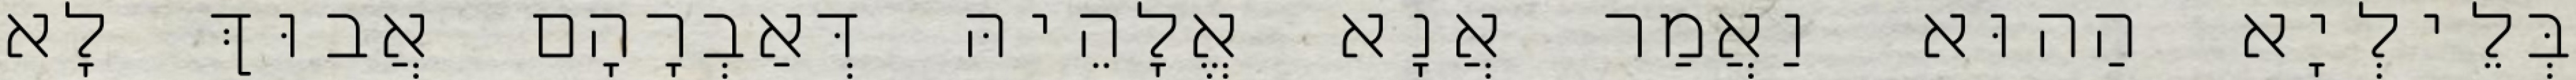
בְּלֵילְיָא הַהוּא וַאֲמַר אֲנָא אֱלָהֵיהּ דְּאַבְרָהָם אֲבוּךְ לָא